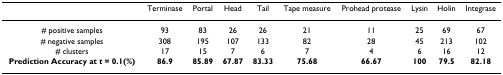
<table><thead><tr><td></td><td><b>Terminase</b></td><td><b>Portal</b></td><td><b>Head</b></td><td><b>Tail</b></td><td><b>Tape measure</b></td><td><b>Prohead protease</b></td><td><b>Lysin</b></td><td><b>Holin</b></td><td><b>Integrase</b></td></tr></thead><tbody><tr><td># positive samples</td><td>93</td><td>83</td><td>26</td><td>26</td><td>21</td><td>11</td><td>25</td><td>69</td><td>67</td></tr><tr><td># negative samples</td><td>308</td><td>195</td><td>107</td><td>133</td><td>82</td><td>28</td><td>45</td><td>213</td><td>102</td></tr><tr><td># clusters</td><td>17</td><td>15</td><td>7</td><td>6</td><td>7</td><td>4</td><td>6</td><td>16</td><td>12</td></tr><tr><td><b>Prediction Accuracy at <i>t </i>= 0.1(%)</b></td><td><b>86.9</b></td><td><b>85.89</b></td><td><b>67.87</b></td><td><b>83.33</b></td><td><b>75.68</b></td><td><b>66.67</b></td><td><b>100</b></td><td><b>79.5</b></td><td><b>82.18</b></td></tr></tbody></table>